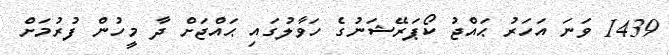
1439 ވަނަ އަހަރު ޙައްޖު ކޯޕަރޭޝަނުގެ ހަވާލުގައި ޙައްޖަށް ދާ މީހުން ފުރުމަށް